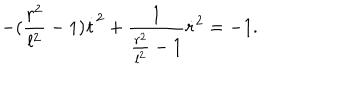
- ( \frac { r ^ { 2 } } { l ^ { 2 } } - 1 ) \dot { t } ^ { 2 } + \frac { 1 } { \frac { r ^ { 2 } } { l ^ { 2 } } - 1 } \dot { r } ^ { 2 } = - 1 .